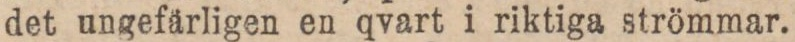
det ungefärligen en qvart i riktiga strömmar.